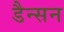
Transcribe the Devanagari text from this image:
डैन्सन